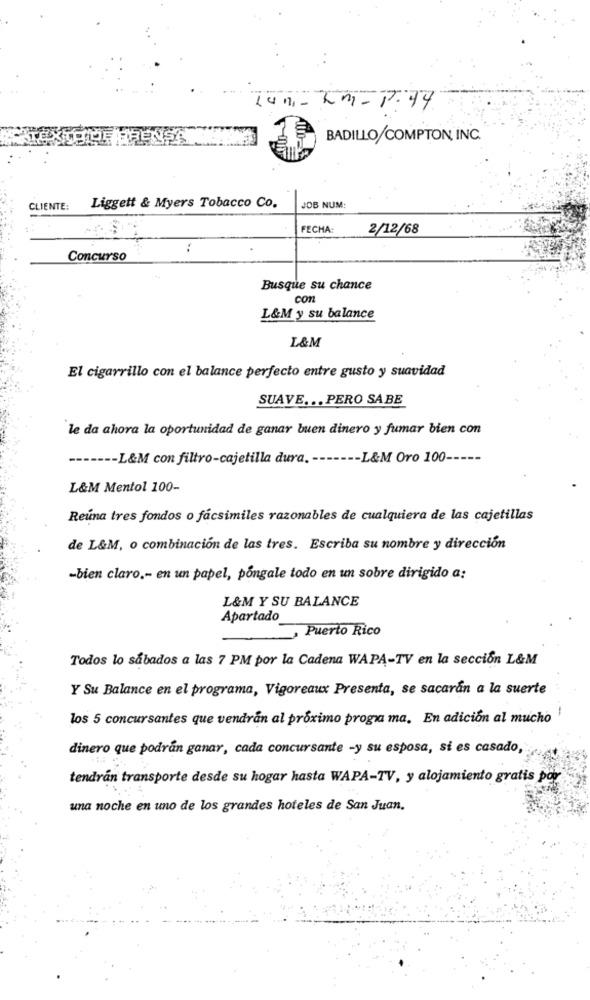
BADILLO/COMPTON INC.
JOB NUM:
CLIENTE:
Liggett & Myers Tobacco Co.
FECHA:
2/12/68
:
Concurso
Busque su chance
con
L&M y su balance
L&M
El cigarrillo con el balance perfecto entre gusto y suavidad
SUAVE ... PERO SABE
le da ahora la oportunidad de ganar buen dinero y fumar bien con
------ L&M con filtro-cajetilla dura. ------- L&M Oro 100 -----
L&M Mentol 100-
Reúna tres fondos o fácsimiles razonables de cualquiera de las cajetillas
de L&M, o combinación de las tres. Escriba su nombre y dirección
-bien claro .- en un papel, póngale todo en un sobre dirigido a:
L&M Y SU BALANCE
Apartado
Puerto Rico
Todos lo sábados a las 7 PM por la Cadena WAPA-TV en la sección L&M
Y Su Balance en el programa, Vigoreaux Presenta, se sacarán a la suerte
los 5 concursantes que vendrán al próximo progra ma. En adición al mucho
dinero que podrán ganar, cada concursante -y su esposa, si es casado,
tendrán transporte desde su hogar hasta WAPA-TV, y alojamiento gratis por
una noche en uno de los grandes hoteles de San Juan.